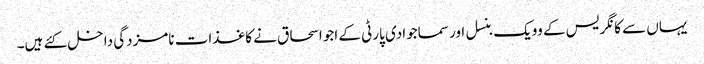
یہاں سے کانگریس کے وویک بنسل اور سماجوادی پارٹی کے اجو اسحاق نے کاغذات نامزدگی داخل کئے ہیں۔